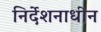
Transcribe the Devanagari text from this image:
निर्देशनाधीन